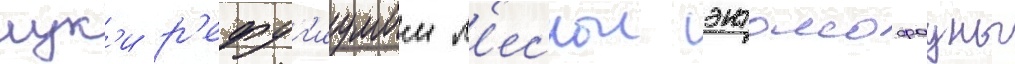
лук'и р'ефуг'иумом л'еснои энтомофауны